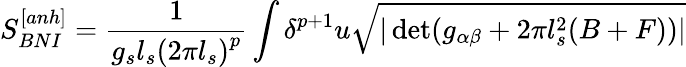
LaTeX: S_{BNI}^{[anh]}=\frac{1}{g_{s}l_{s}\left(2\pi l_{s}\right)^{p}}\int\delta^{p+1}u\sqrt{|\operatorname*{det}(g_{\alpha\beta}+2\pi l_{s}^{2}(B+F))|}